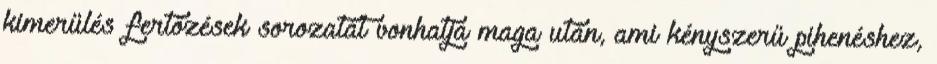
kimerülés fertőzések sorozatát vonhatja maga után, ami kényszerű pihenéshez,